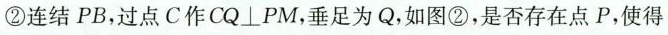
②连结PB，过点C作CQ⊥PM，垂足为Q，如图②，是否存在点P，使得